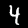
Digit: 4